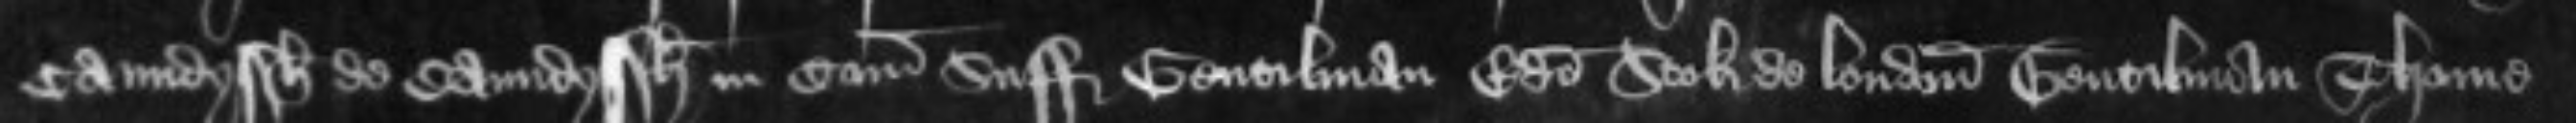
Caundyssh de Caundyssh in Comitatu Suffolcie Gentilman Edmundo Stoke de London Gentilman Thome